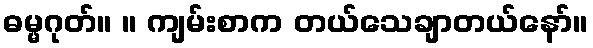
ဓမ္မဂုတ်။ ။ ကျမ်းစာက တယ်သေချာတယ်နော်။